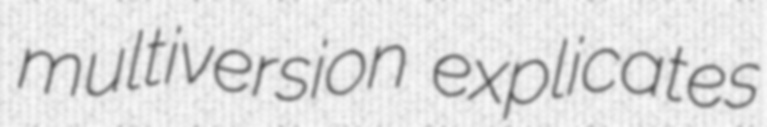
multiversion explicates